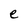
Character: e